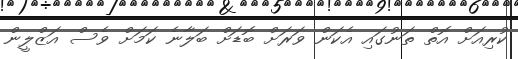
ކުރިއަށް އޮތް ތަނުގައި އެކަން ވަރަށް ބޮޑަށް ބަލާނެ ކަމަށް ވެސް އަޒްލީން